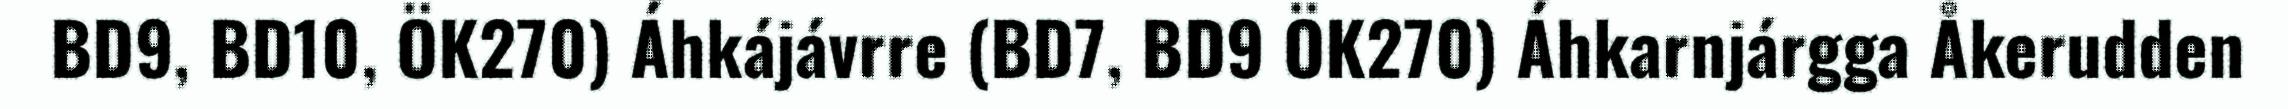
BD9, BD10, ÖK270) Áhkájávrre (BD7, BD9 ÖK270) Áhkarnjárgga Åkerudden